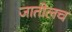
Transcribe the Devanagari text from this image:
जातीलच